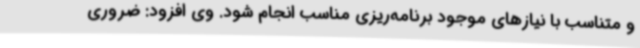
و متناسب با نیازهای موجود برنامه‌ریزی مناسب انجام شود. وی افزود: ضروری